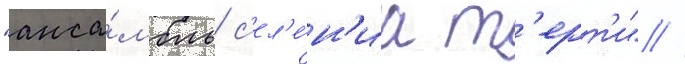
"анса́мбль с'ел'е́н'иа т'ерт'и" //